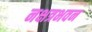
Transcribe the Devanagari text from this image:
नक्षत्रभवन